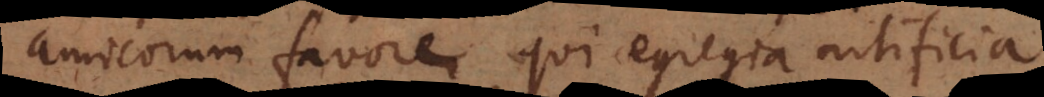
amicorum favore, qui egregia artificia